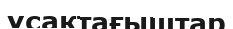
ұсақтағыштар